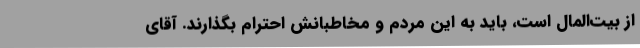
از بیت‌المال است، باید به این مردم و مخاطبانش احترام بگذارند. آقای